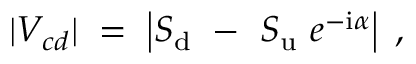
| V _ { c d } | \; = \; \left| S _ { \mathrm { d } } ~ - ~ S _ { \mathrm { u } } ~ e ^ { - \mathrm { i } \alpha } \right| \; ,